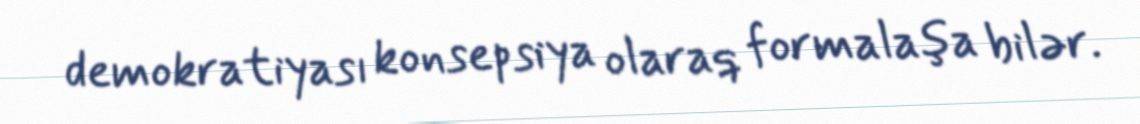
demokratiyası konsepsiya olaraq formalaşa bilər.